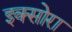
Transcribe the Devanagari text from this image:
इक्सोरा